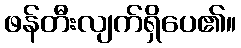
ဖန်တီးလျက်ရှိပေ၏။